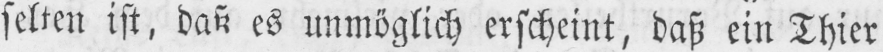
selten ist, daß es unmöglich erscheint, daß ein Thier